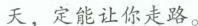
天，定能让你走路。